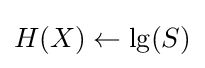
H(X)\gets \lg(S)